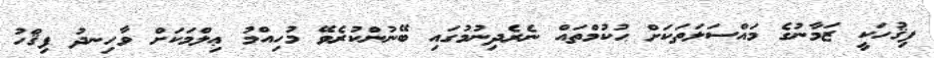
ފިޤުހަކީ ޒަމާނުގެ މައްސަލަތަކަށް ޙުކުމްތައް ނެރެދިނުމުގައި ބޭނުންކުރެވޭ މުހިއްމު ޢިލްމަކަށް ވާހިނދު ފިޤްހު